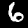
Label: 6